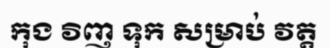
កុង វិញ ទុក សម្រាប់ វត្ត